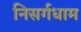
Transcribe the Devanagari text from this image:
निसर्गधाम